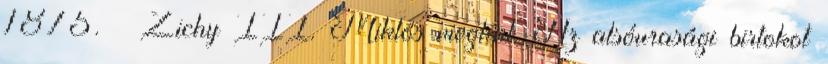
1875. – Zichy III. Miklós meghal. Az alsóurasági birtokot